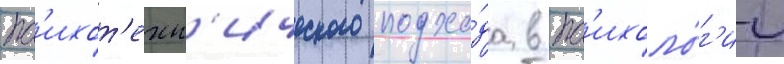
пс'ихот'ехн'ического подхо́да в пс'ихоло́г'ии